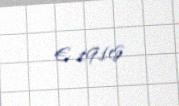
€ 1916